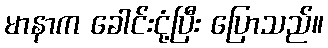
မာနာက ခေါင်းငုံ့ပြီး ပြောသည်။